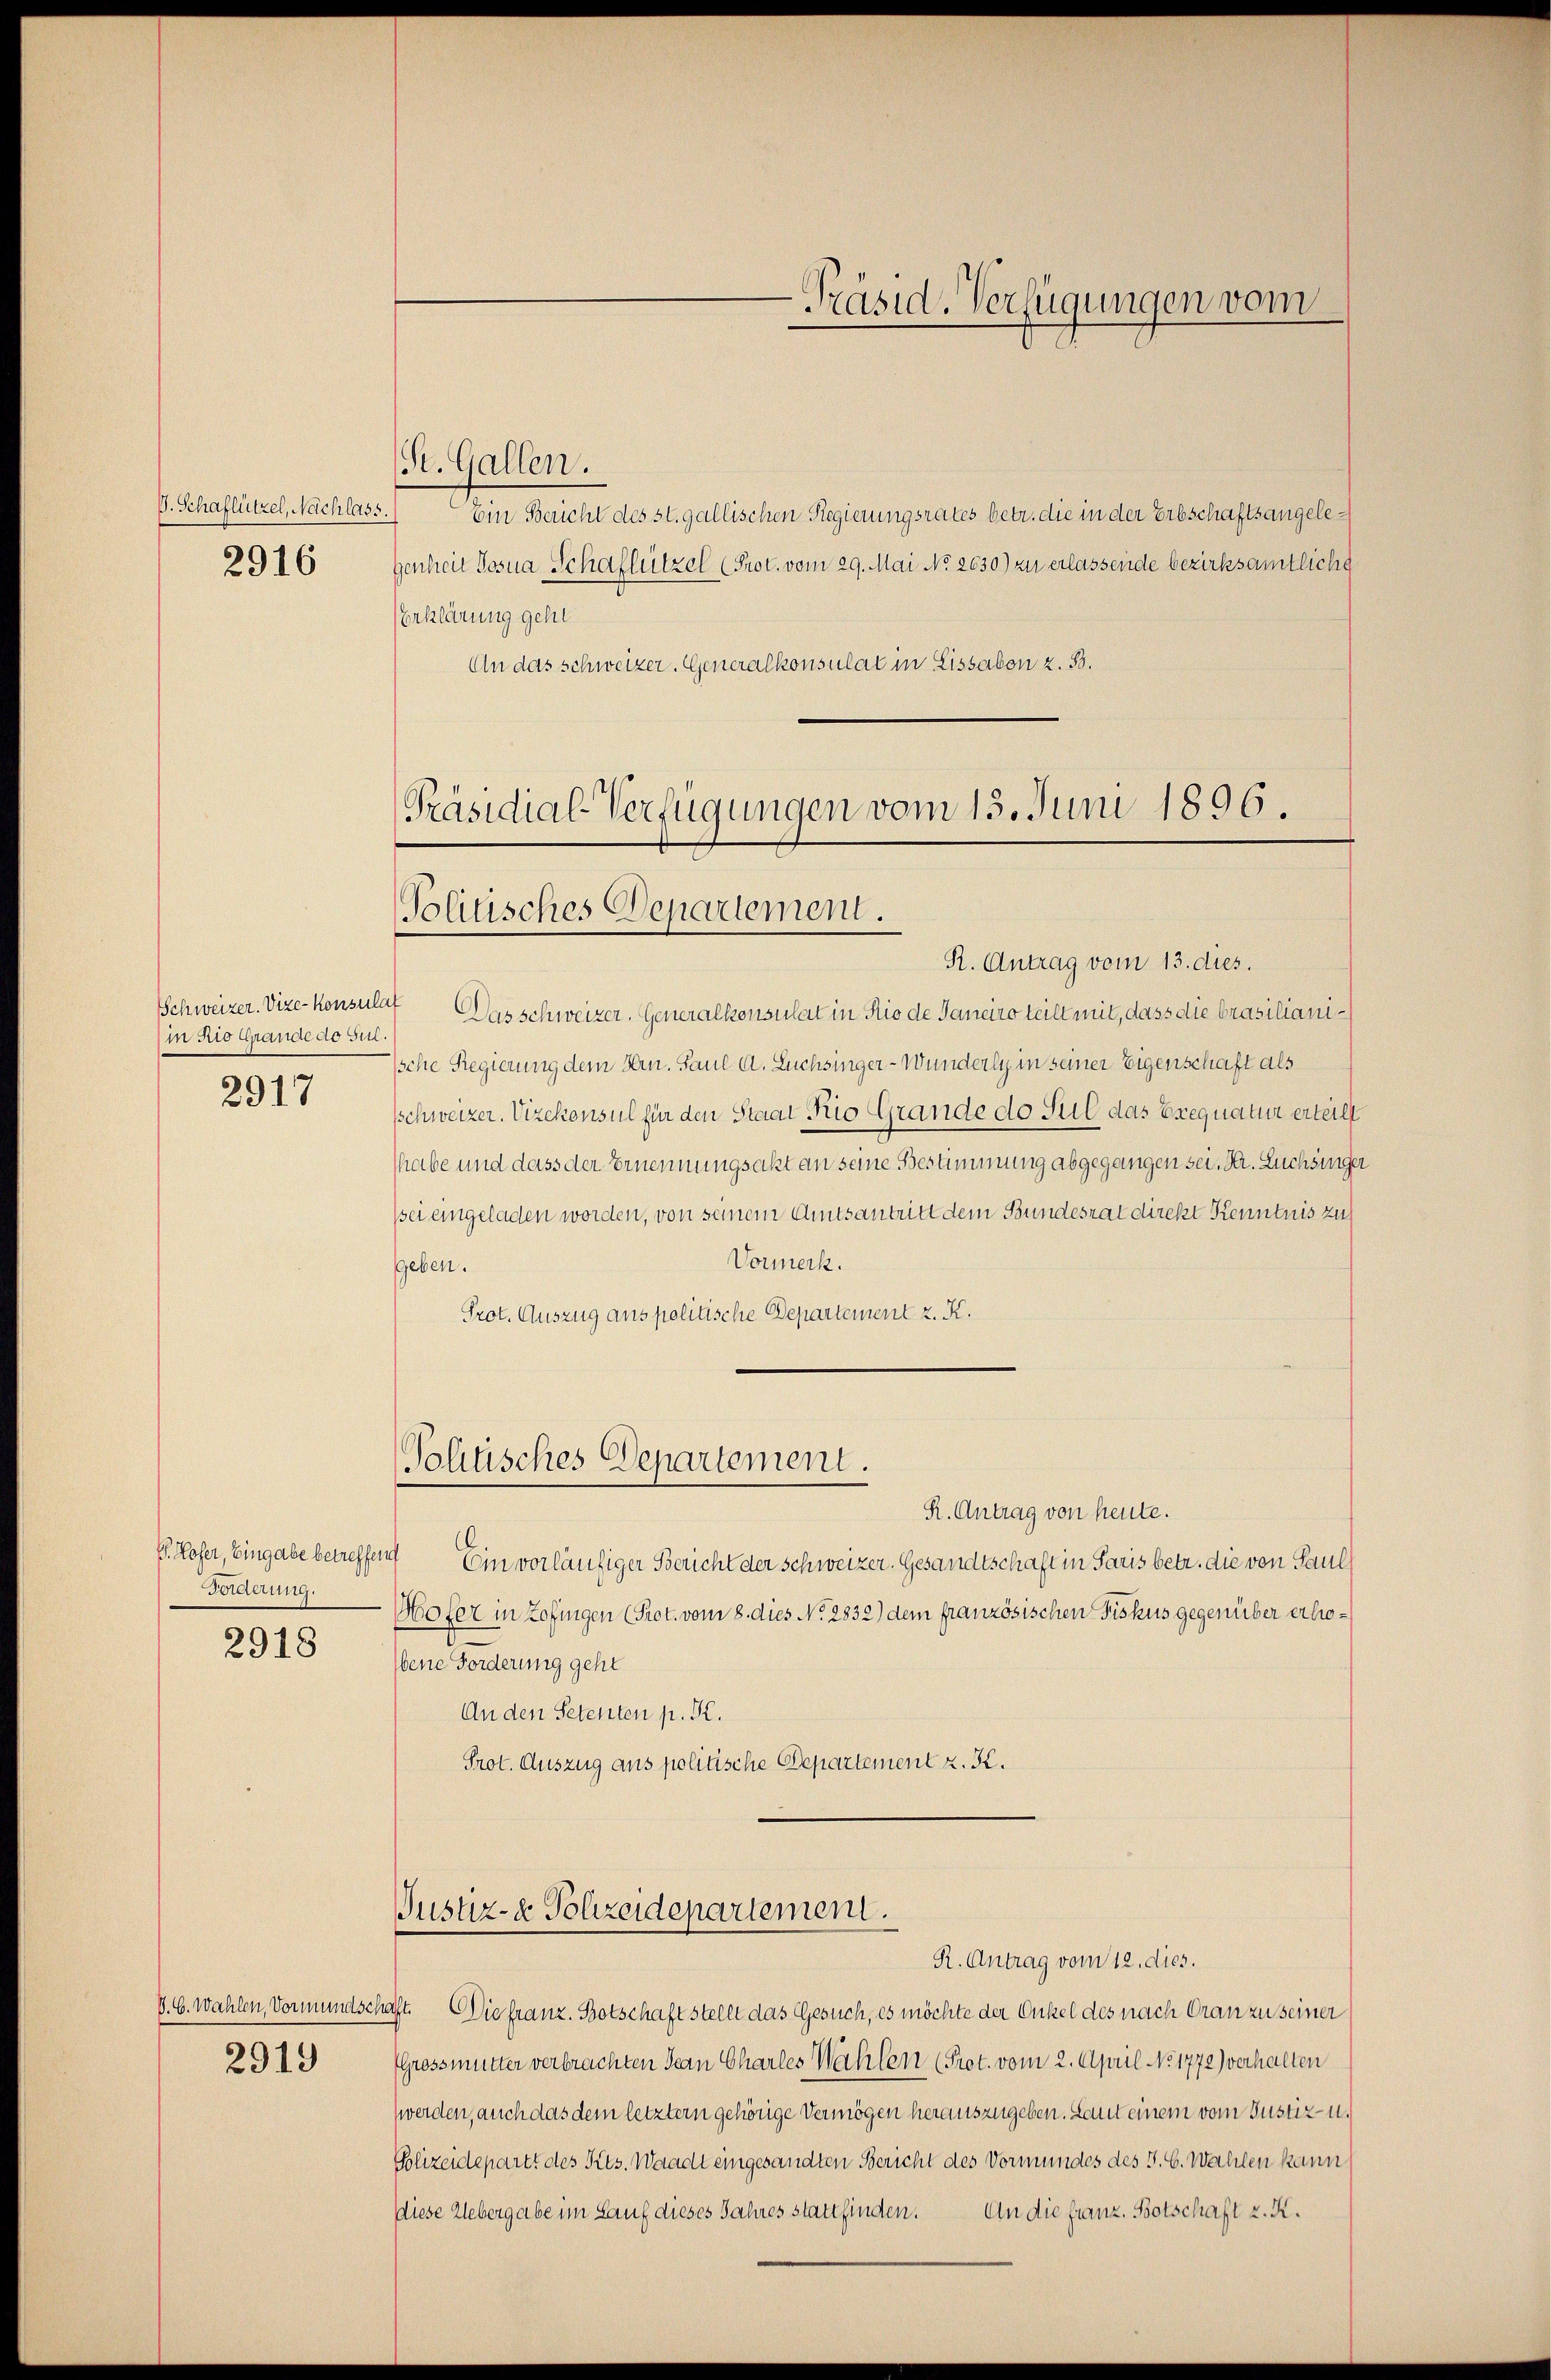
G. Schaflützel, Nachlass
2916

Schweizer. Vize-Konsula
in Rio Grande do sul.
2917

Forderung.

2918

2919

St. Gallen.
Ein Beucht des st. gallischen Regierungsrates betr. die in der Erbschaftsangelegenheit Josia Schaflützel (Prot. vom 29. Mai No 2630) zu erlassende bezirksamtliche
Erklärung gehe
An das schweizer. Generalkonsulat in Lissaben z. B.

-Präsid. Verfügungen vom

Präsidial-Verfügungen vom 13. Juni 1896.
(Politisches Departement.

R. Antrag vom 13. dies.
4 Das schweizer. Generalkonsulat in Rio de Janeiro teilt mit, dass die brasiliani¬
Ische Regierung dem Hrn. Paul A. Luchsinger-Wunderly in seiner Eigenschaft als
schweizer. Vizekonsul für den Staat Rio Grande do sul das Exequatur erteilt
habe und dass der Ernennungsakt an seine Bestimmung abgegangen sei. Dr. Lüchsinger
psei eingeladen worden, von seinem Amtsantritt dem Bundesrat direkt Kenntnis zu
Vormerk.
ggeben.
Prot. Auszug aus politische Departement z. K.

Politisches Departement.

Justiz- & Polizeidepartement.
R. Antrag vom 12. dies.

R. Antrag von heute.
V. Hofer, Eingabe betreffend Ein vorläufiger Bericht der Schweizer. Gesandtschaft in Paris betr. die von Pauls
Wofer in Zofingen (Prot. vom 8. dies No. 2832) dem französischen Fiskus gegenüber erhobene Forderung geht
An den Petenten p. K.
Prot. Auszug aus politische Departement z. K.

V. C. Wahlen, Vormundschaft. Die franz. Botschaft stellt das Gesuch, es möchte der Onkel des nach Gran zu seiner
PGrossmutter verbrachten Jean Charles Wahlen (Prot. vom 2. April No 1772) verhalten
werden, auch das dem letztern gehörige Vermögen herauszugeben. Laut einem vom Justiz- u.
Polizeidepartt des Kts. Waadt eingesandten Bericht des Vormundes des J. C. Wahlen kann
diese Uebergabe im Lauf dieses Jahres stattfinden. An die franz. Botschaft z. K.